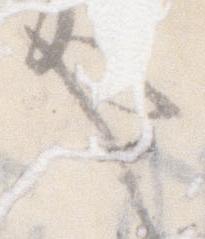
事